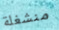
منشغلة